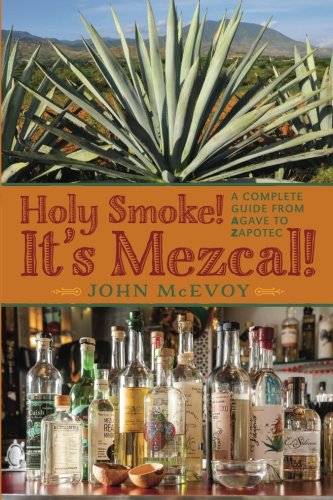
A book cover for Holy Smoke!  It's Mezcal!: A Complete Guide from Agave to Zapotec; Mr. John P. McEvoy; Cookbooks, Food & Wine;